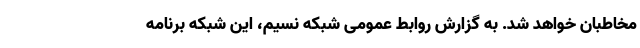
مخاطبان خواهد شد. به گزارش روابط عمومی شبکه نسیم، این شبکه برنامه